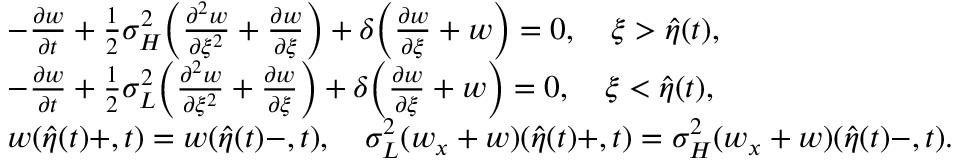
\begin{array} { r l } & { - \frac { { \partial } w } { { \partial } t } + \frac 1 2 { \sigma } _ { H } ^ { 2 } \Big ( \frac { { \partial } ^ { 2 } w } { { \partial } \xi ^ { 2 } } + \frac { { \partial } w } { { \partial } \xi } \Big ) + \delta \Big ( \frac { { \partial } w } { { \partial } \xi } + w \Big ) = 0 , \quad \xi > \hat { \eta } ( t ) , } \\ & { - \frac { { \partial } w } { { \partial } t } + \frac 1 2 { \sigma } _ { L } ^ { 2 } \Big ( \frac { { \partial } ^ { 2 } w } { { \partial } \xi ^ { 2 } } + \frac { { \partial } w } { { \partial } \xi } \Big ) + \delta \Big ( \frac { { \partial } w } { { \partial } \xi } + w \Big ) = 0 , \quad \xi < \hat { \eta } ( t ) , } \\ & { w ( \hat { \eta } ( t ) + , t ) = w ( \hat { \eta } ( t ) - , t ) , \quad \sigma _ { L } ^ { 2 } ( w _ { x } + w ) ( \hat { \eta } ( t ) + , t ) = \sigma _ { H } ^ { 2 } ( w _ { x } + w ) ( \hat { \eta } ( t ) - , t ) . } \end{array}